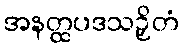
အနတ္ထပဒသဉှိတံ